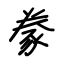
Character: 豢